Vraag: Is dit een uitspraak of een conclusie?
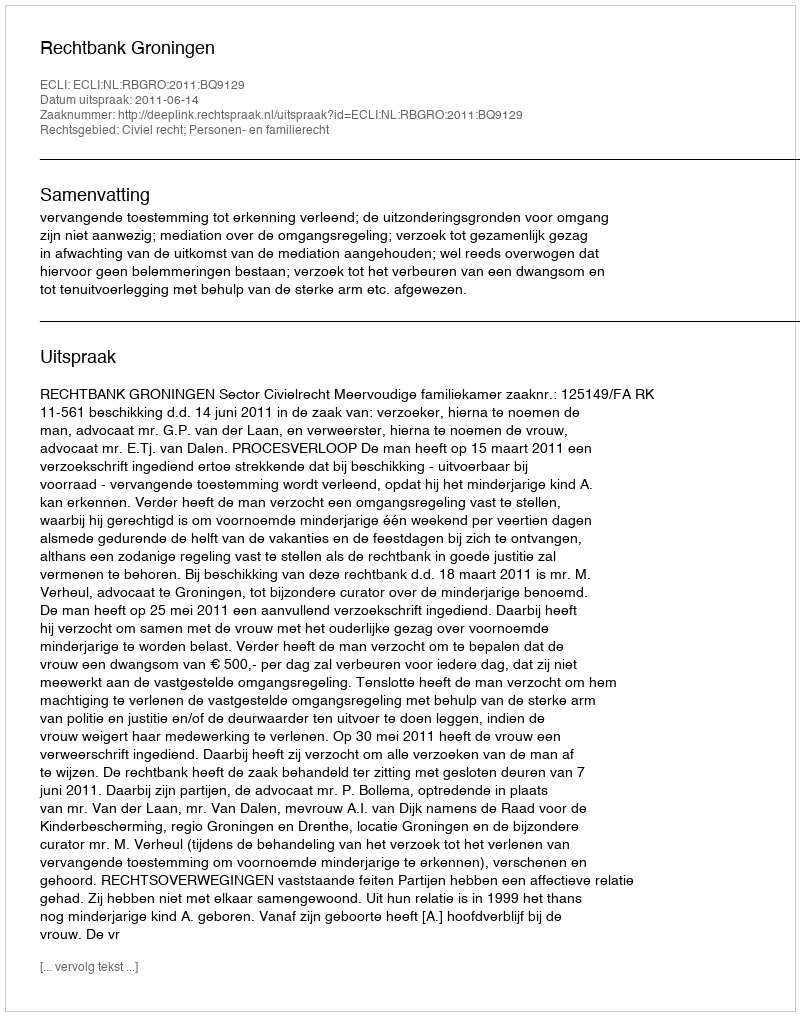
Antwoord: Uitspraak